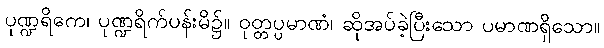
ပုဏ္ဍရိကေ၊ ပုဏ္ဍရိက်ပန်းမိ၌။ ဝုတ္တပ္ပမာဏံ၊ ဆိုအပ်ခဲ့ပြီးသော ပမာဏရှိသော။